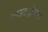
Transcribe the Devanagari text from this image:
आउटसोॄसग